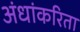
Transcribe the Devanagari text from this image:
अंधांकरिता